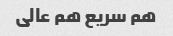
هم سریع هم عالی